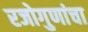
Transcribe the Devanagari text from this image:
रजोगुणांचा